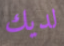
لديك